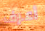
أعرف